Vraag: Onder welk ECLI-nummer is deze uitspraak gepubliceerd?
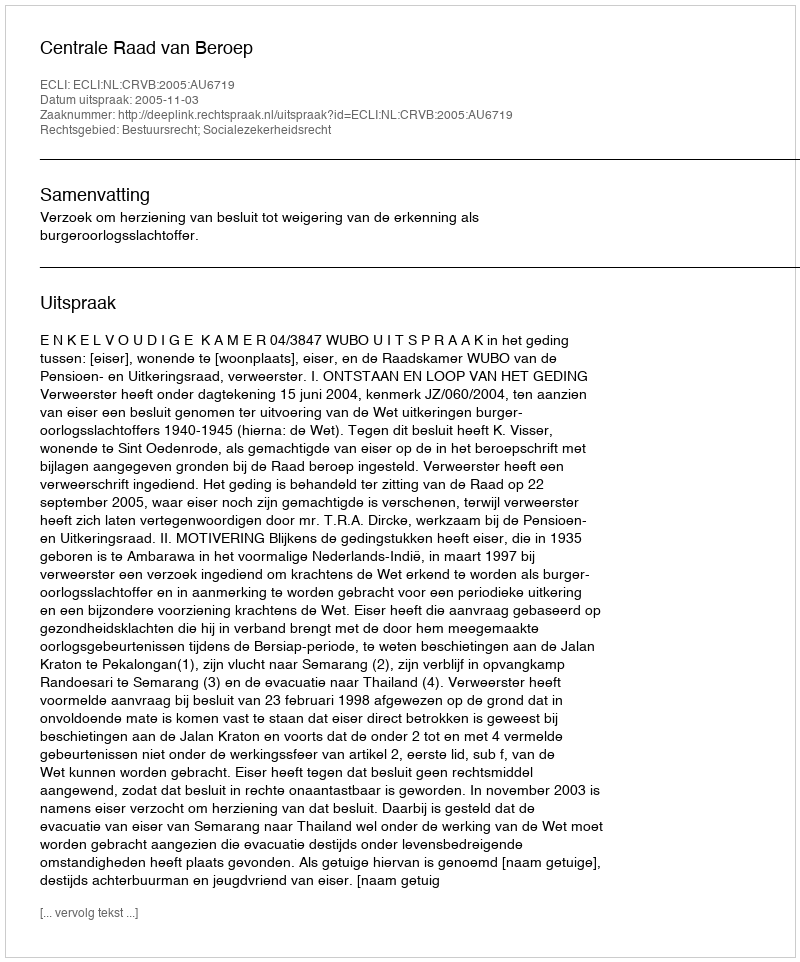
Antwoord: ECLI:NL:CRVB:2005:AU6719